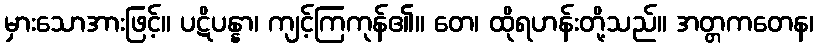
မှားသောအားဖြင့်။ ပဋိပန္နာ၊ ကျင့်ကြကုန်၏။ တေ၊ ထိုရဟန်းတို့သည်။ အတ္တကတေန၊